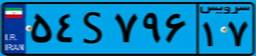
۱۹S۰۵۶۰۲